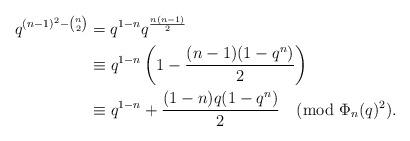
LaTeX: \begin{align*}q^{(n-1)^2-{n\choose 2}}&=q^{1-n}q^{\frac{n(n-1)}{2}}\\&\equiv q^{1-n}\left(1-\frac{(n-1)(1-q^n)}{2}\right)\\&\equiv q^{1-n}+\frac{(1-n)q(1-q^n)}{2}\pmod{\Phi_n(q)^2}.\end{align*}